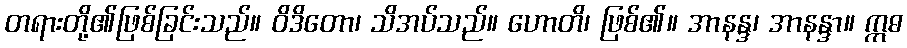
တရားတို့၏ဖြစ်ခြင်းသည်။ ဝိဒိတော၊ သိအပ်သည်။ ဟောတိ၊ ဖြစ်၏။ အာနန္ဒ၊ အာနန္ဒာ။ ဣဓ